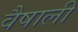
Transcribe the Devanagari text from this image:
वैषाली